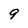
Character: 9